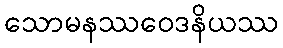
သောမနဿဝေဒနိယဿ